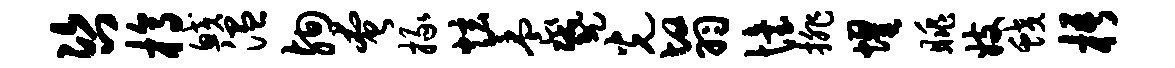
咨槁鲛温殉奄掾炫养蹙光翳怡排耀眺妓蛟梧